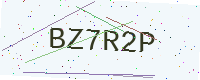
Text: BZ7R2P